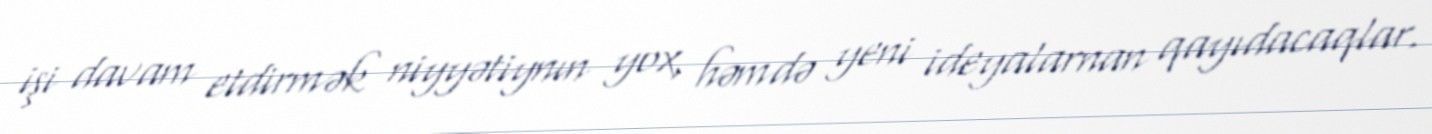
işi davam etdirmək niyyətiynın yox, həmdə yeni ideyalarnan qayıdacaqlar.